Vital statistics of India. Vol. V, Reports of 1876 on armies & jails and on epidemic cholera
Year: 1876
Disease focus: Cholera
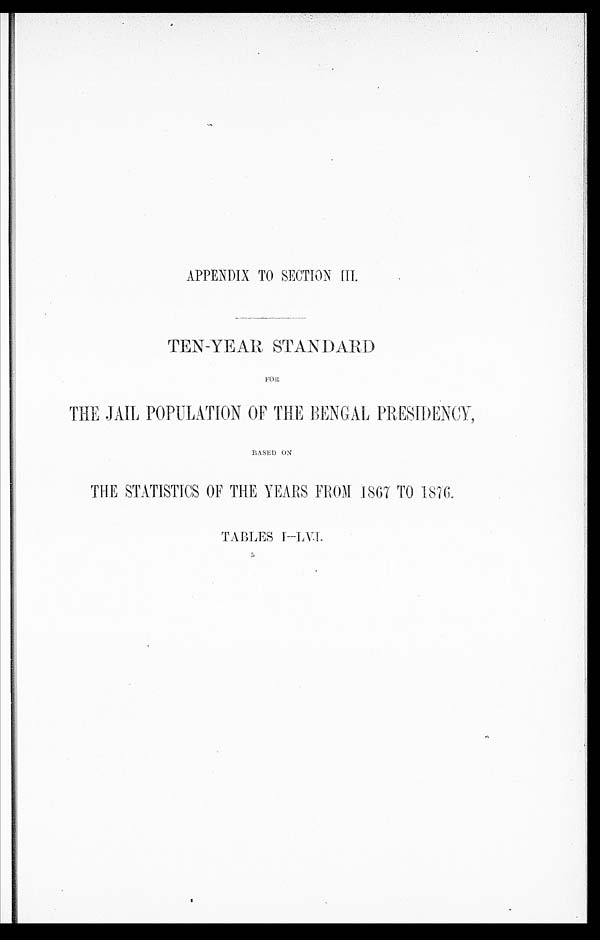
APPENDIX TO SECTION III.
TEN-YEAR STANDARD)
THE JAIL POPULATION OF THE BENGAL PRESIDENCY,
BASED ON
THE STATISTICS OF THE YEARS FROM 1867 TO 1876.
T A B L E S I — L V . I .